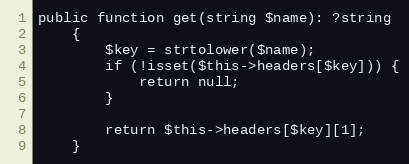
Language: PHP
public function get(string $name): ?string
    {
        $key = strtolower($name);
        if (!isset($this->headers[$key])) {
            return null;
        }

        return $this->headers[$key][1];
    }